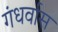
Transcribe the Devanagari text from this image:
गंधर्वास